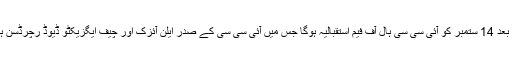
ان سرگرمیوں کا آغاز 10 ستمبر کو ذرائع ابلاغ کے لیے خصوصی کانفرنس سے ہوگا جس کے بعد 14 ستمبر کو آئی سی سی ہال آف فیم استقبالیہ ہوگا جس میں آئی سی سی کے صدر ایلن آئزک اور چیف ایگزیکٹو ڈیوڈ رچرڈسن ہال میں شامل عظیم کھلاڑیوں کے ناموں اور سال کی آئی سی سی ون ڈے ٹیم کا اعلان کریں گے۔